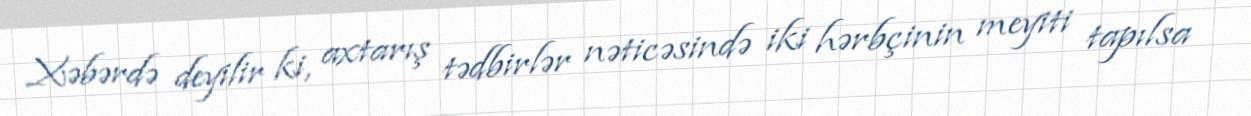
Xəbərdə deyilir ki, axtarış tədbirlər nəticəsində iki hərbçinin meyiti tapılsa